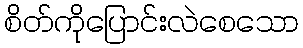
စိတ်ကိုပြောင်းလဲစေသော